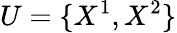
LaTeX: U=\{ X^{1},X^{2}\}